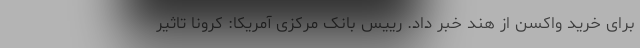
برای خرید واکسن از هند خبر داد. رییس بانک مرکزی آمریکا: کرونا تاثیر